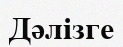
Дәлізге